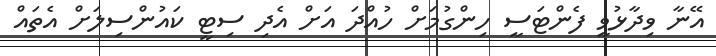
އޭނާ ވިދާޅުވީ ފެންޓަސީ ހިންގުމަށް ހުއްދަ އަށް އެދި ސިޓީ ކައުންސިލަށް އެތައް